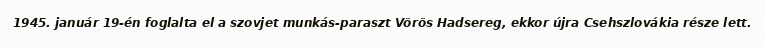
1945. január 19-én foglalta el a szovjet munkás-paraszt Vörös Hadsereg, ekkor újra Csehszlovákia része lett.